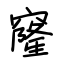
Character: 窿